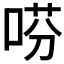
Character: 𫪝